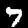
Digit: 7